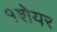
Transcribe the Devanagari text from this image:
१शेयर